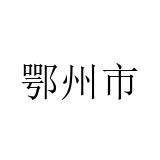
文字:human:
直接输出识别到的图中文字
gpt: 鄂州市